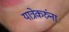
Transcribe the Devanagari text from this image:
यात्रेकरुंना